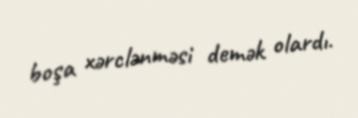
boşa xərclənməsi demək olardı.